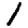
Digit: 1